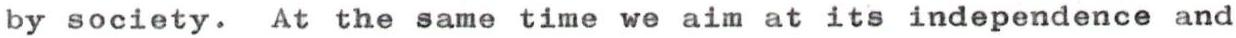
by society. At the same time we aim at its independence and